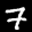
Label: 7